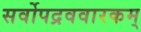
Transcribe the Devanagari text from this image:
सर्वोपद्रववारकम्